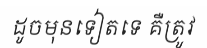
ដូចមុនទៀតទេ គឺត្រូវ